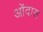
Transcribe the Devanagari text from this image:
ओंदास